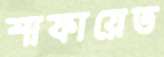
শাফায়েত